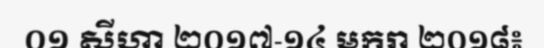
០១ សីហា ២០១៧-១៤ មករា ២០១៨៖